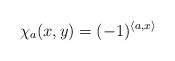
LaTeX: \begin{align*}\chi_a(x,y)=(-1)^{\langle a, x \rangle}\end{align*}